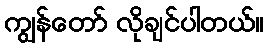
ကျွန်တော် လိုချင်ပါတယ်။